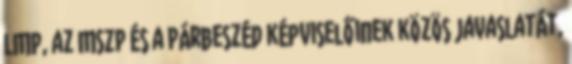
LMP, az MSZP és a Párbeszéd képviselőinek közös javaslatát,